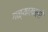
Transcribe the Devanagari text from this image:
गळ्याखाली